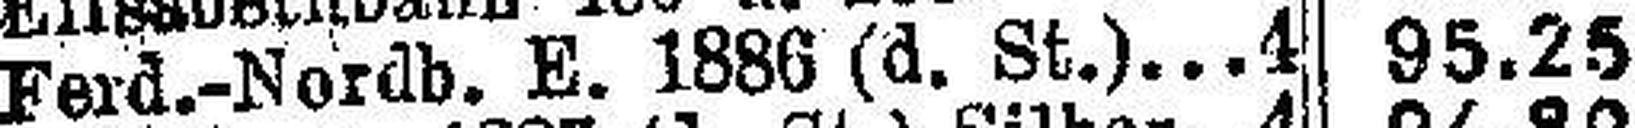
Ferd.-Nordb. E. 1886 (d. St.) 4